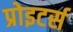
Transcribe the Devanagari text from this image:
प्रोइटर्स